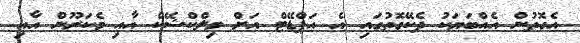
އެގޮތުން އެއްބަޔަކު ދެކޭގޮތުގައި އެ އަޕްޑޭޓް އަށް މިލްކްޝޭކް އާއި މެކަރޫން އާއި